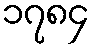
၁၇၈၄